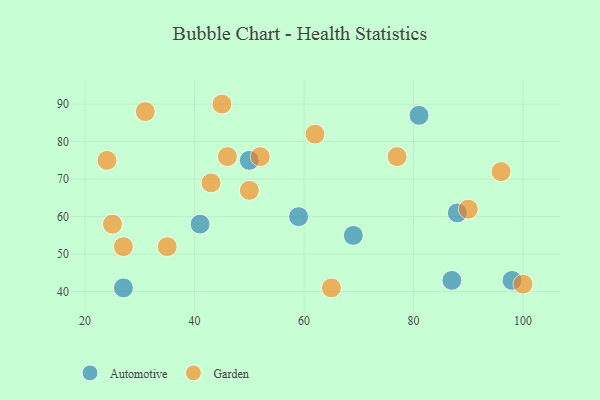
{"axis": {"x": "GDP", "y": "Life Expectancy"}, "legend": ["Automotive", "Garden"], "data": [{"x": "50", "y": 75, "type": "Automotive"}, {"x": "98", "y": 43, "type": "Automotive"}, {"x": "88", "y": 61, "type": "Automotive"}, {"x": "87", "y": 43, "type": "Automotive"}, {"x": "27", "y": 41, "type": "Automotive"}, {"x": "81", "y": 87, "type": "Automotive"}, {"x": "69", "y": 55, "type": "Automotive"}, {"x": "41", "y": 58, "type": "Automotive"}, {"x": "59", "y": 60, "type": "Automotive"}, {"x": "24", "y": 75, "type": "Garden"}, {"x": "25", "y": 58, "type": "Garden"}, {"x": "52", "y": 76, "type": "Garden"}, {"x": "62", "y": 82, "type": "Garden"}, {"x": "43", "y": 69, "type": "Garden"}, {"x": "46", "y": 76, "type": "Garden"}, {"x": "45", "y": 90, "type": "Garden"}, {"x": "31", "y": 88, "type": "Garden"}, {"x": "35", "y": 52, "type": "Garden"}, {"x": "27", "y": 52, "type": "Garden"}, {"x": "100", "y": 42, "type": "Garden"}, {"x": "65", "y": 41, "type": "Garden"}, {"x": "90", "y": 62, "type": "Garden"}, {"x": "77", "y": 76, "type": "Garden"}, {"x": "50", "y": 67, "type": "Garden"}, {"x": "96", "y": 72, "type": "Garden"}]}